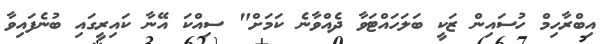
އިބްްރާހިމް ހުސައިން ޒަކީ ބަލަހައްޓަވާ ދެއްވާނެ ކަމަށް" ސިއްކަ އޭނާ ކައިރީގައި ބުނެފައިވާ